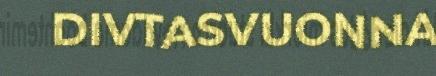
DIVTASVUONNA